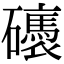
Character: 䃵